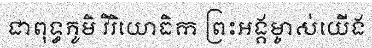
ជាពុទ្ធភូមិ វិរិយោធិក ព្រះអង្គម្ចាស់យើង